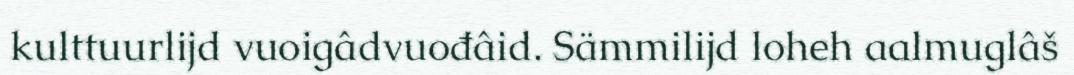
kulttuurlijd vuoigâdvuođâid. Sämmilijd loheh aalmuglâš